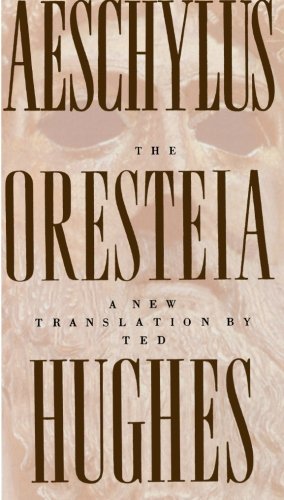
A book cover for The Oresteia of Aeschylus: A New Translation by Ted Hughes; Aeschylus; Literature & Fiction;